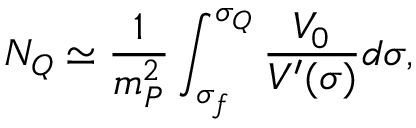
N _ { Q } \simeq \frac { 1 } { m _ { P } ^ { 2 } } \int _ { \sigma _ { f } } ^ { \sigma _ { Q } } \frac { V _ { 0 } } { V ^ { \prime } ( \sigma ) } d \sigma ,